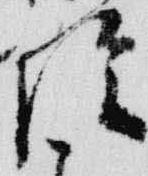
陰